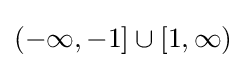
(-\infty ,-1]\cup [1,\infty )